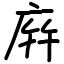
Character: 庰